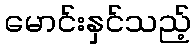
မောင်းနှင်သည့်